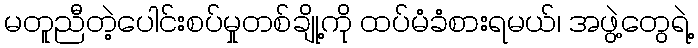
မတူညီတဲ့ပေါင်းစပ်မှုတစ်ချို့ကို ထပ်မံခံစားရမယ်၊ အဖွဲ့တွေရဲ့